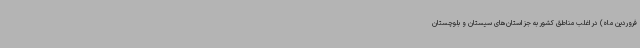
فروردین ماه) در اغلب مناطق کشور به جز استان‌های سیستان و بلوچستان